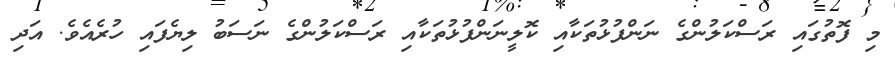
މި ފޮތުގައި ރަސްކަލުންގެ ނަންފުޅުތަކާއި ކޮލީނަންފުޅުތަކާއި ރަސްކަލުންގެ ނަސަބު ލިޔެފައި ހުރެއެވެ. އަދި